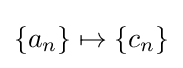
{\textstyle \left\{a_{n}\right\}\mapsto \left\{c_{n}\right\}}